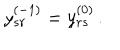
y _ { s r } ^ { ( - 1 ) } = y _ { r s } ^ { ( 0 ) } \, .